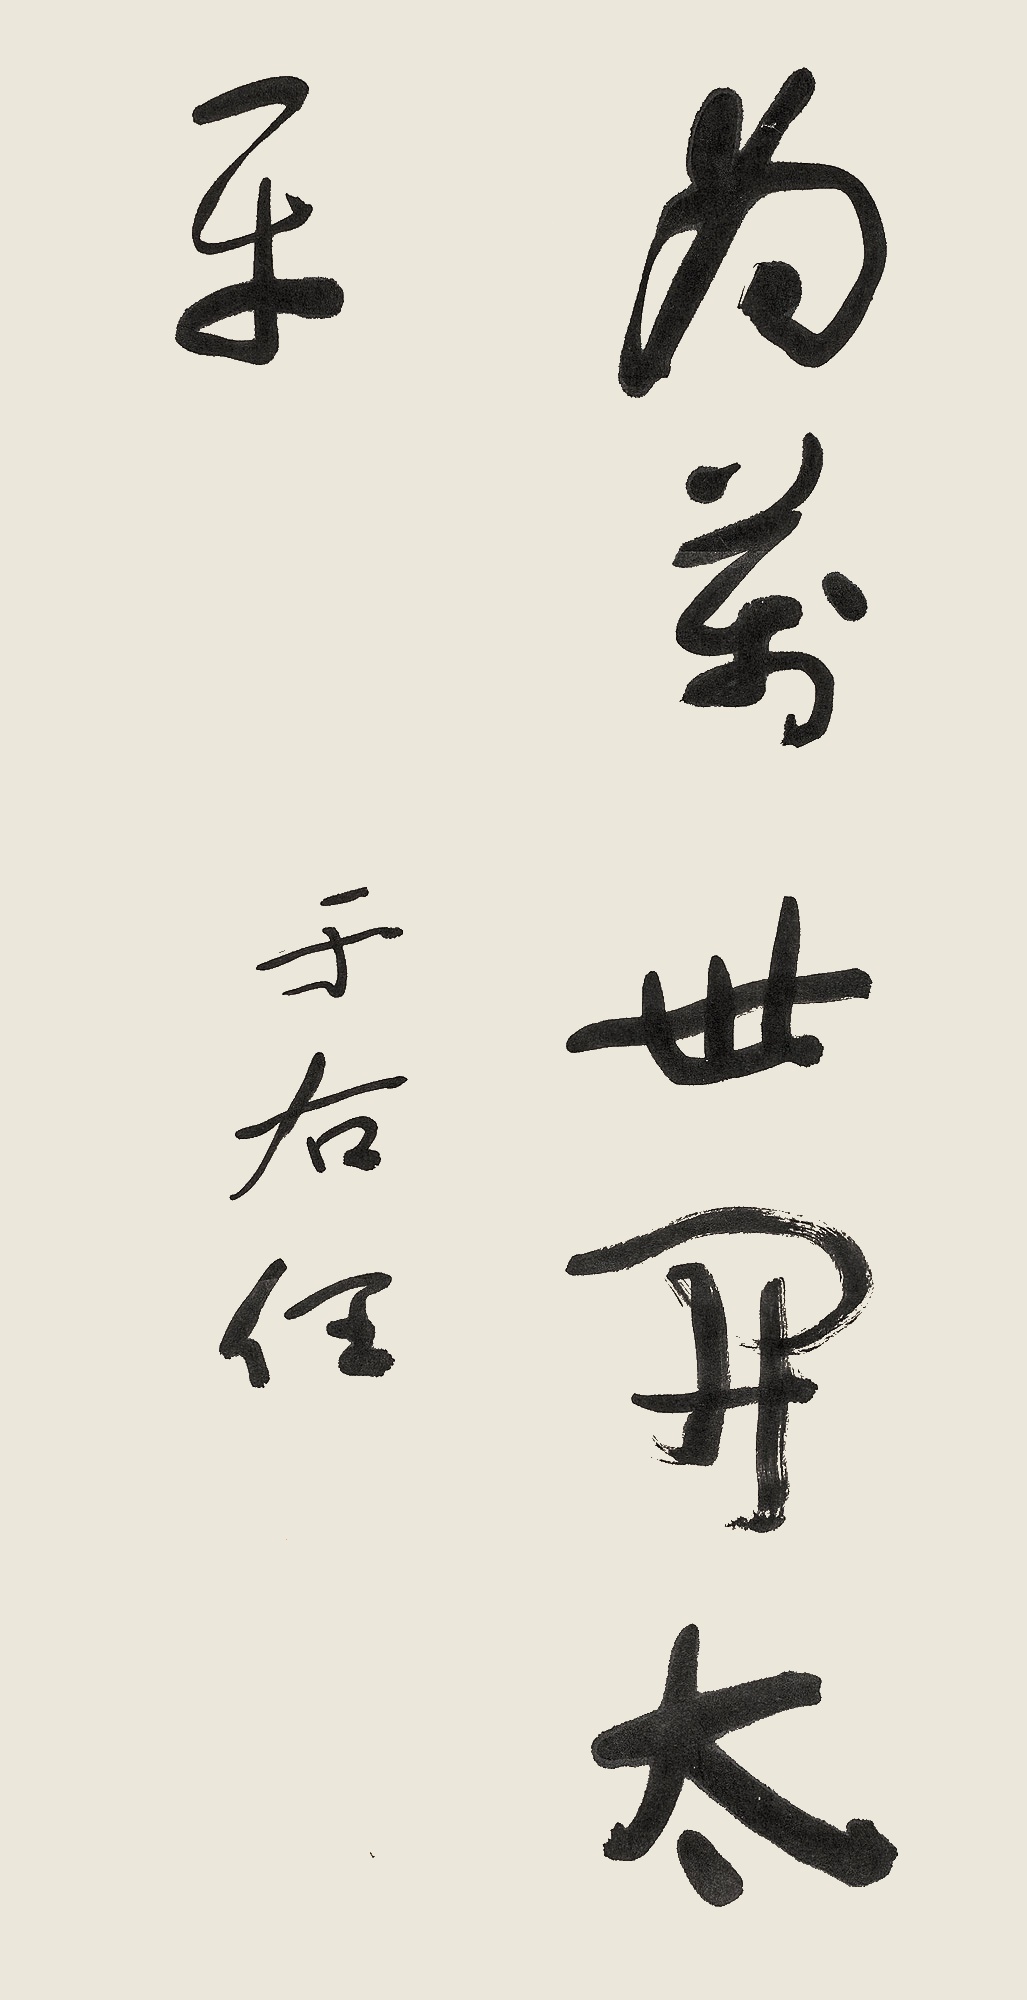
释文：为万世开太平于右任